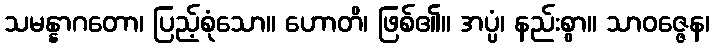
သမန္နာဂတော၊ ပြည့်စုံသော။ ဟောတိ၊ ဖြစ်၏။ အပ္ပံ၊ နည်းစွာ။ သာဝဇ္ဇေန၊